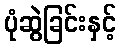
ပုံဆွဲခြင်းနှင့်